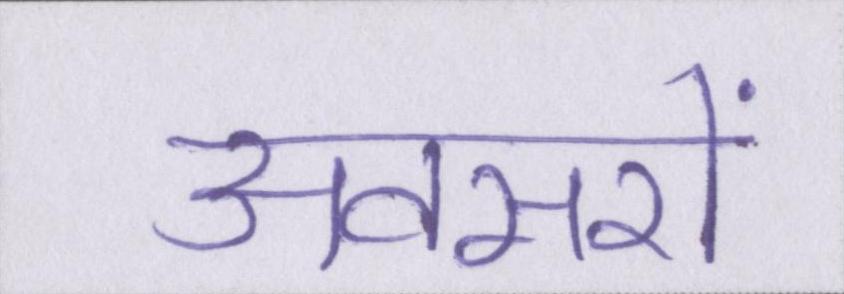
अवसरों